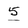
Character: 5